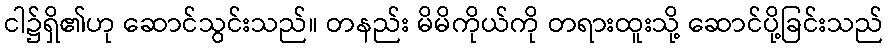
ငါ၌ရှိ၏ဟု ဆောင်သွင်းသည်။ တနည်း မိမိကိုယ်ကို တရားထူးသို့ ဆောင်ပို့ခြင်းသည်